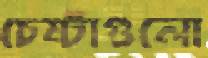
চেষ্টাগুলো